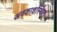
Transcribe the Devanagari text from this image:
अवकाशस्थित